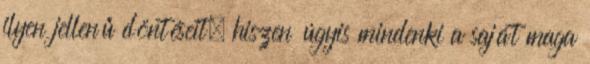
ilyen jellenű döntéseit, hiszen úgyis mindenki a saját maga